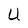
Character: U